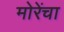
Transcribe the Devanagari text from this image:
मोरेंचा